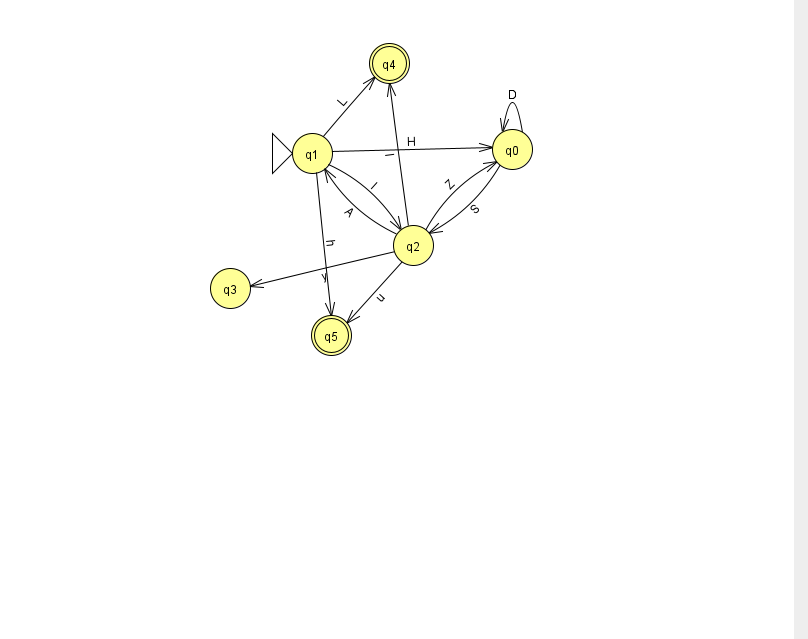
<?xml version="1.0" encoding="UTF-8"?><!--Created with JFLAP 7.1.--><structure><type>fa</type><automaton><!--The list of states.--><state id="0" name="q0"><x>512.0</x><y>136.0</y></state><state id="1" name="q1"><x>312.0</x><y>140.0</y><initial/></state><state id="2" name="q2"><x>413.0</x><y>232.0</y></state><state id="3" name="q3"><x>230.0</x><y>275.0</y></state><state id="4" name="q4"><x>389.0</x><y>50.0</y><final/></state><state id="5" name="q5"><x>331.0</x><y>322.0</y><final/></state><!--The list of transitions.--><transition><from>2</from><to>0</to><read>Z</read></transition><transition><from>1</from><to>2</to><read>l</read></transition><transition><from>2</from><to>4</to><read>I</read></transition><transition><from>0</from><to>0</to><read>D</read></transition><transition><from>2</from><to>5</to><read>u</read></transition><transition><from>1</from><to>5</to><read>h</read></transition><transition><from>1</from><to>4</to><read>L</read></transition><transition><from>0</from><to>2</to><read>S</read></transition><transition><from>2</from><to>1</to><read>A</read></transition><transition><from>1</from><to>0</to><read>H</read></transition><transition><from>2</from><to>3</to><read>y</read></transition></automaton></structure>